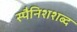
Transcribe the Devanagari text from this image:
स्पैनिशशब्द